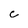
Character: c